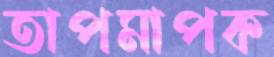
তাপমাপক